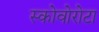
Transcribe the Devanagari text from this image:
स्कोवोरोटा